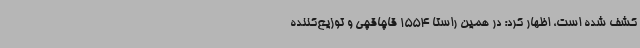
کشف شده است، اظهار کرد: در همین راستا 1554 قاچاقچی و توزیع‌کننده